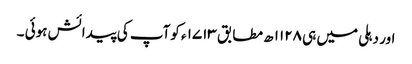
اور دہلی میں ہی ۱۱۲۸ ھ مطابق ۱۷۱۳ ء کوآپ کی پیدائش ہوئی ۔